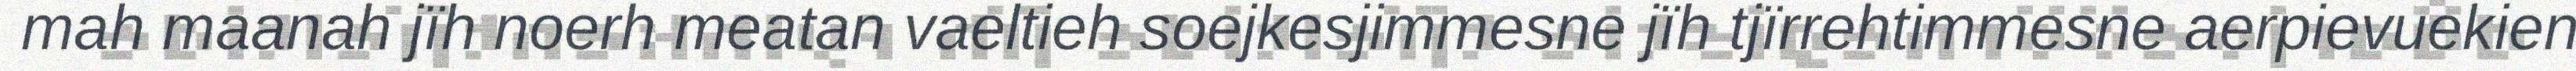
mah maanah jïh noerh meatan vaeltieh soejkesjimmesne jïh tjïrrehtimmesne aerpievuekien